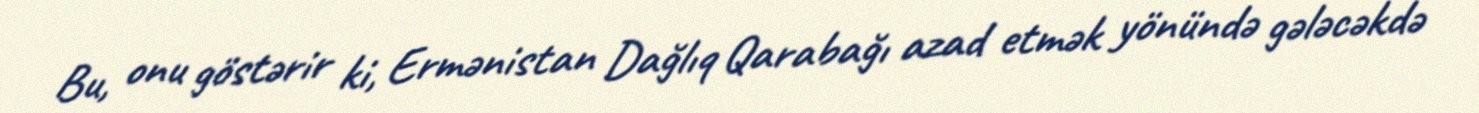
Bu, onu göstərir ki, Ermənistan Dağlıq Qarabağı azad etmək yönündə gələcəkdə